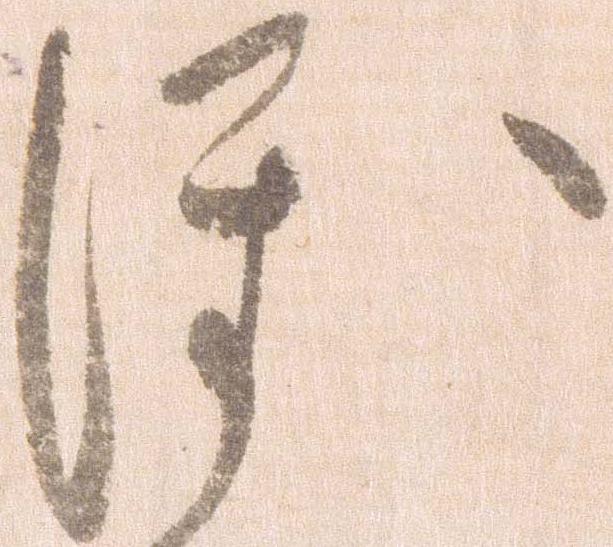
ほ